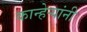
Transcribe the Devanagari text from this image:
कान्हेर्‍यांनी